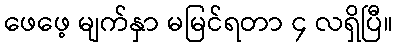
ဖေဖေ့ မျက်နှာ မမြင်ရတာ ၄ လရှိပြီ။